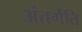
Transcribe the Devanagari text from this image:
अंतर्गति